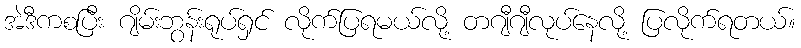
အဲဒီကစပြီး ဂျိမ်းဘွန်းရုပ်ရှင် လိုက်ပြရမယ်လို့ တဂျီဂျီလုပ်နေလို့ ပြလိုက်ရတယ်။